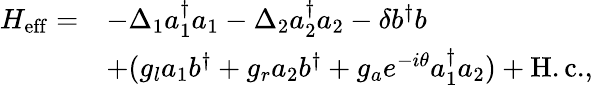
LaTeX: \begin{array}{rl}{H_{\mathrm{eff}}=}&{-\Delta_{1}a_{1}^{\dagger}a_{1}-\Delta_{2}a_{2}^{\dagger}a_{2}-\delta b^{\dagger}b}\\ &{+(g_{l}a_{1}b^{\dagger}+g_{r}a_{2}b^{\dagger}+g_{a}e^{-i\theta}a_{1}^{\dagger}a_{2})+\mathrm{H.c.},}\end{array}